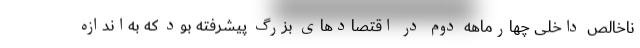
ناخالص داخلی چهارماهه دوم در اقتصادهای بزرگ پیشرفته بود که به‌اندازه